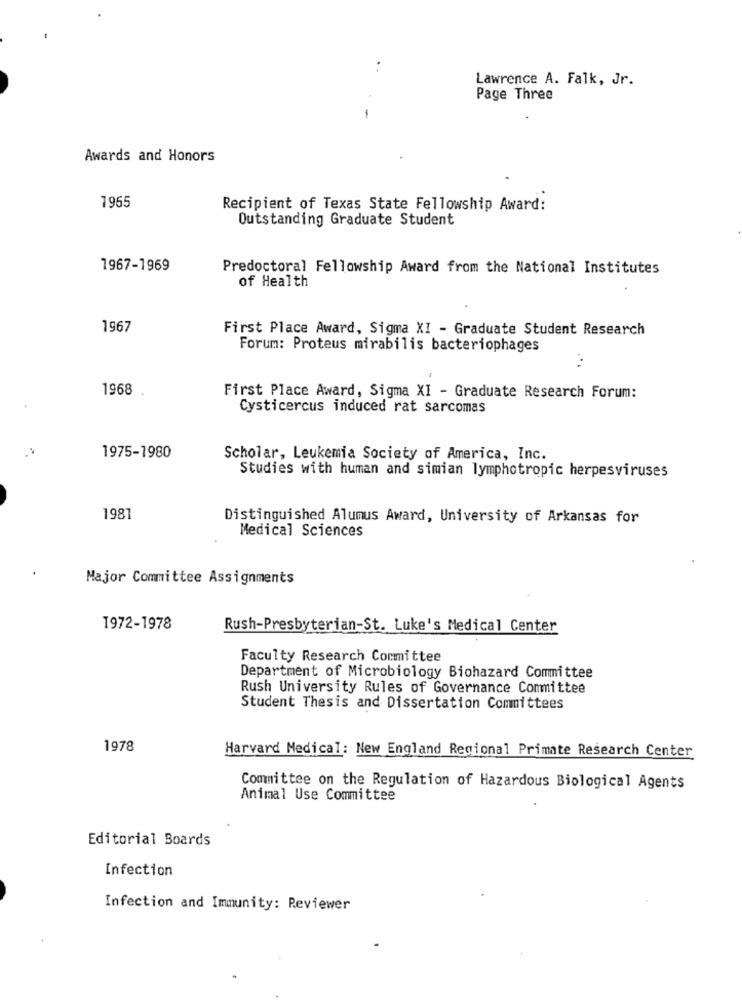
. .
Lawrence A. Falk, Jr.
Page Three
-
Awards and Honors
1965
Recipient of Texas State Fellowship Award:
Outstanding Graduate Student
1967-1969
Predoctoral Fellowship Award from the National Institutes
of Health
1967
First Place Award, Sigma XI - Graduate Student Research
Forum: Proteus mirabilis bacteriophages
1968
First Place Award, Sigma XI - Graduate Research Forum:
Cysticercus induced rat sarcomas
1975-1980
Scholar, Leukemia Society of America, Inc.
Studies with human and simian lymphotropic herpesviruses
1981
Distinguished Alumus Award, University of Arkansas for
Medical Sciences
Major Committee Assignments
1972-1978
Rush-Presbyterian-St. Luke's Medical Center
Faculty Research Committee
Department of Microbiology Biohazard Committee
Rush University Rules of Governance Committee
Student Thesis and Dissertation Committees
1978
Harvard Medical: New England Regional Primate Research Center
Committee on the Regulation of Hazardous Biological Agents
Animal Use Committee
Editorial Boards
Infection
Infection and Immunity: Reviewer